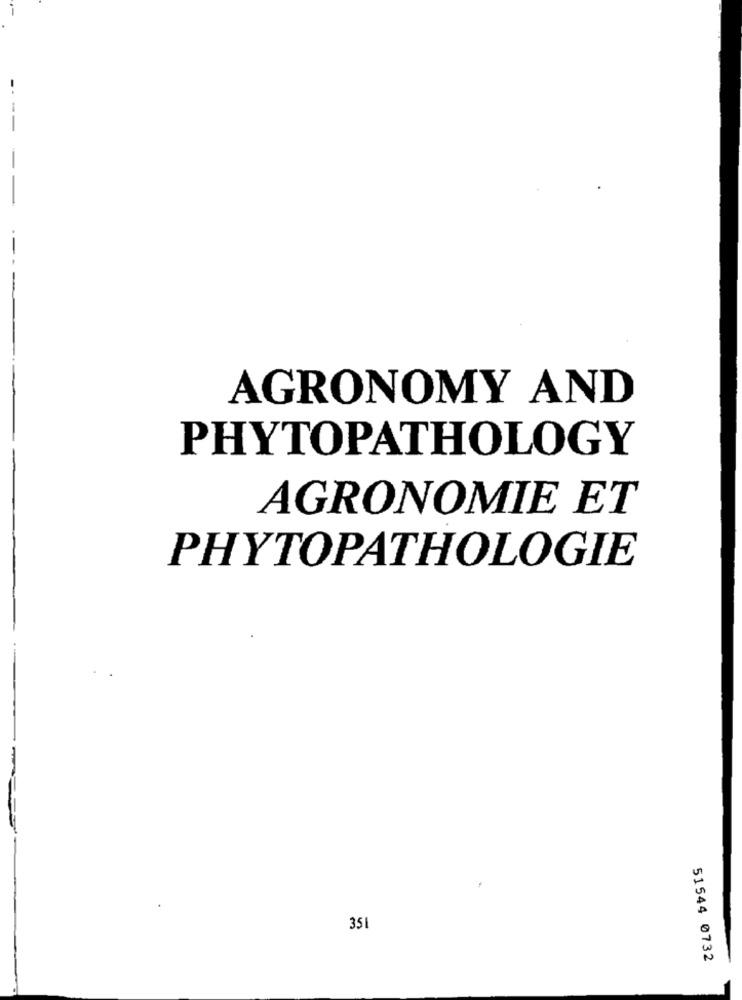
AGRONOMY AND
PHYTOPATHOLOGY
AGRONOMIE ET
PHYTOPATHOLOGIE
351
51544 0732